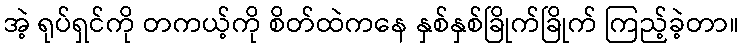
အဲ့ ရုပ်ရှင်ကို တကယ့်ကို စိတ်ထဲကနေ နှစ်နှစ်ခြိုက်ခြိုက် ကြည့်ခဲ့တာ။